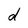
Character: d